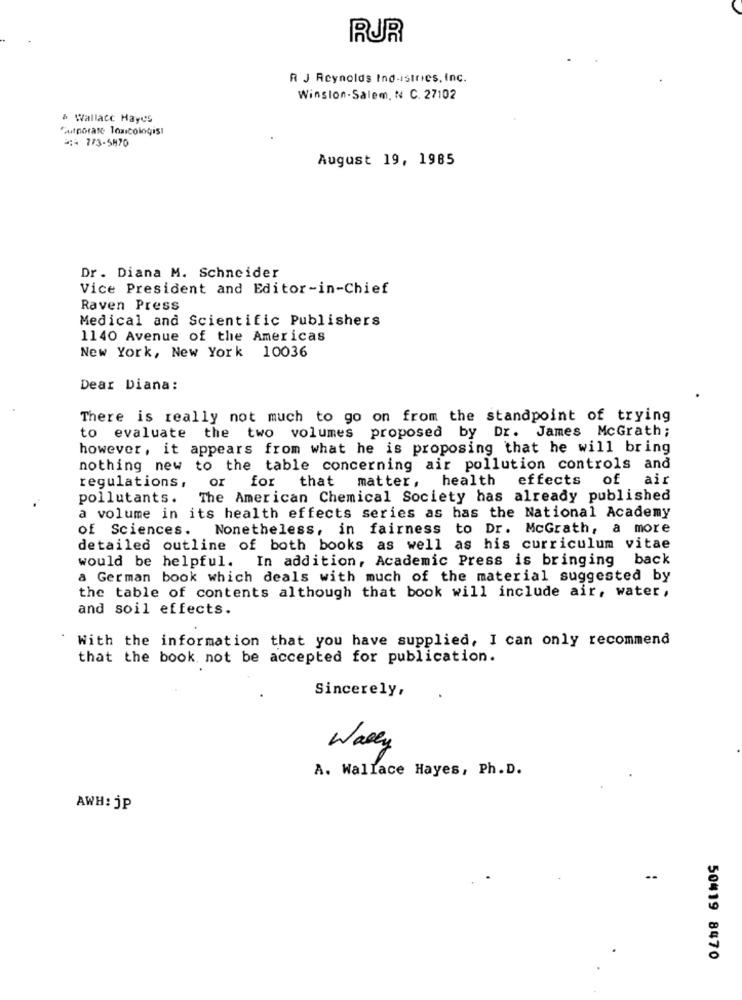
RUR
R J Reynolds Ind-istries, Inc.
Winston-Salem, N C. 27102
& Wallace Hayes
Gutnorate Toxicologist
3:4 773-5870
August 19, 1985
Dr. Diana M. Schneider
Vice President and Editor-in-Chief
Raven Press
Medical and Scientific Publishers
1140 Avenue of the Americas
New York, New York 10036
Dear Diana:
There is really not much to go on from the standpoint of trying
to evaluate the two volumes proposed by Dr. James McGrath;
however, it appears from what he is proposing that he will bring
nothing new to the table concerning air pollution controls and
or for that matter, health effects of air
regulations ,
pollutants. The American Chemical Society has already published
a volume in its health effects series as has the National Academy
of Sciences. Nonetheless, in fairness to Dr. McGrath, a more
detailed outline of both books as well as his curriculum vitae
would be helpful. In addition, Academic Press is bringing back
a German book which deals with much of the material suggested by
the table of contents although that book will include air, water,
and soil effects.
With the information that you have supplied, I can only recommend
that the book not be accepted for publication.
Sincerely,
Wally
A. Wallace Hayes, Ph. D.
AWH: jP
50419 8470